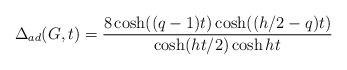
LaTeX: \begin{align*}\Delta _{ad}(G,t)=\frac{8\cosh ((q-1)t)\cosh ((h/2-q)t)}{\cosh (ht/2)\cosh ht} \end{align*}